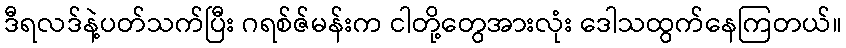
ဒီရလဒ်နဲ့ပတ်သက်ပြီး ဂရစ်ဇ်မန်းက ငါတို့တွေအားလုံး ဒေါသထွက်နေကြတယ်။